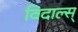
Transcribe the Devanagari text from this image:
विदाल्स्